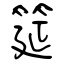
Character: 筵